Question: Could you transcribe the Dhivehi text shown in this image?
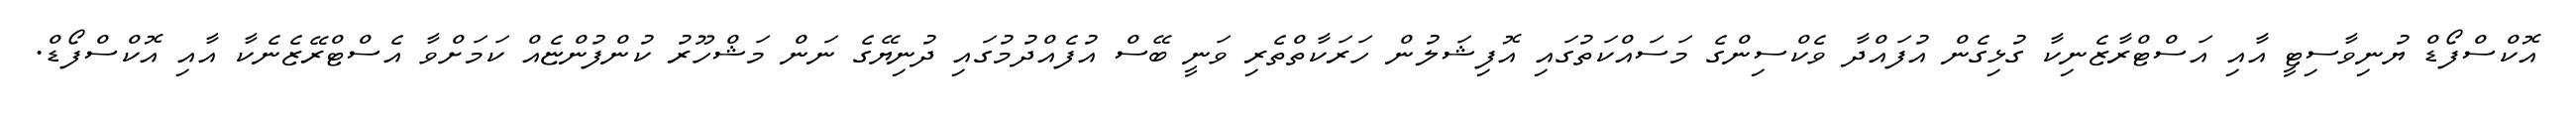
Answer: އޮކްސްފޯޑް ޔުނިވާސިޓީ އާއި އަސްޓްރާޒެނިކާ ގުޅިގެން އުފައްދާ ވެކްސިންގެ މަސައްކަތުގައި އޮފިޝަލުން ހަރަކާތްތެރި ވަނީ ބޭސް އުފެއްދުމުގައި ދުނިޔޭގެ ނަން މަޝްހޫރު ކުންފުންޏެއް ކަމަށްވާ އެސްޓްރޭޒެނެކާ އާއި އޮކްސްފޯޑް.